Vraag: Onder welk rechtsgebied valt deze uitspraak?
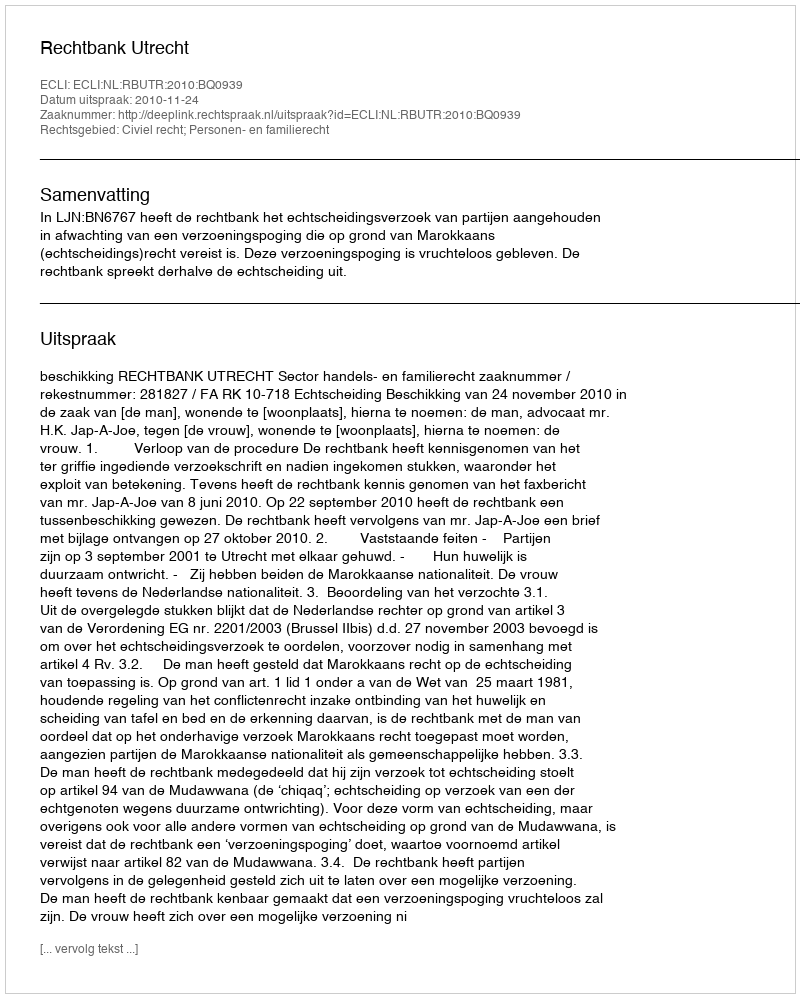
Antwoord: Civiel recht; Personen- en familierecht